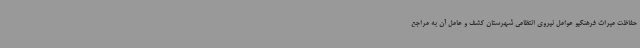
حفاظت میراث فرهنگیو عوامل نیروی انتظامی شهرستان کشف و عامل آن به مراجع